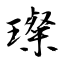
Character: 璨